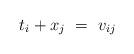
LaTeX: \begin{align*} t_i+x_j \ = \ v_{ij}\end{align*}